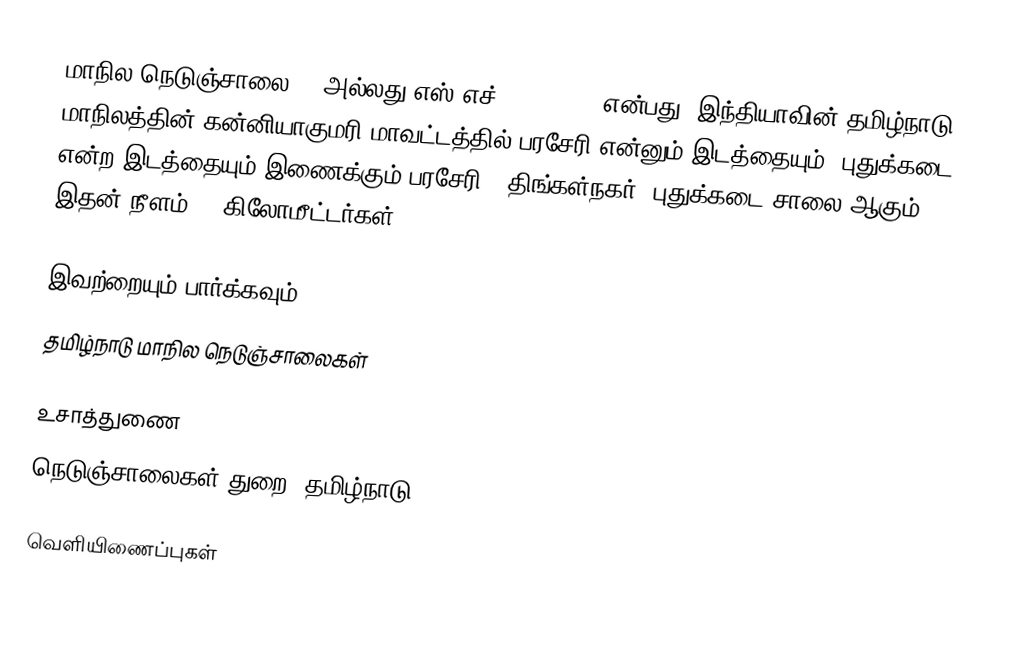
மாநில நெடுஞ்சாலை 91 அல்லது எஸ்.எச்-91 (SH 91) என்பது, இந்தியாவின் தமிழ்நாடு மாநிலத்தின் கன்னியாகுமரி மாவட்டத்தில் பரசேரி என்னும் இடத்தையும், புதுக்கடை என்ற இடத்தையும் இணைக்கும் பரசேரி - திங்கள்நகர் -புதுக்கடை சாலை ஆகும். இதன் நீளம் 25  கிலோமீட்டர்கள் .

இவற்றையும் பார்க்கவும்
 தமிழ்நாடு மாநில நெடுஞ்சாலைகள்

உசாத்துணை
 நெடுஞ்சாலைகள் துறை, தமிழ்நாடு

வெளியிணைப்புகள்